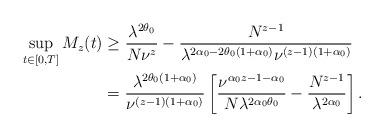
LaTeX: \begin{align*}\sup_{t\in[0,T]} M_z(t)&\geq \frac{\lambda^{2\theta_0}}{N\nu^z}-\frac{N^{z-1}}{\lambda^{2\alpha_0-2\theta_0(1+\alpha_0)}\nu^{(z-1)(1+{\alpha_0})}}\\&=\frac{\lambda^{2\theta_0(1+\alpha_0)}}{\nu^{(z-1)(1+\alpha_0)}}\left[\frac{\nu^{\alpha_0z-1-\alpha_0}}{N\lambda^{2\alpha_0\theta_0}}-\frac{N^{z-1}}{\lambda^{2\alpha_0}}\right].\end{align*}